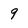
Character: 9